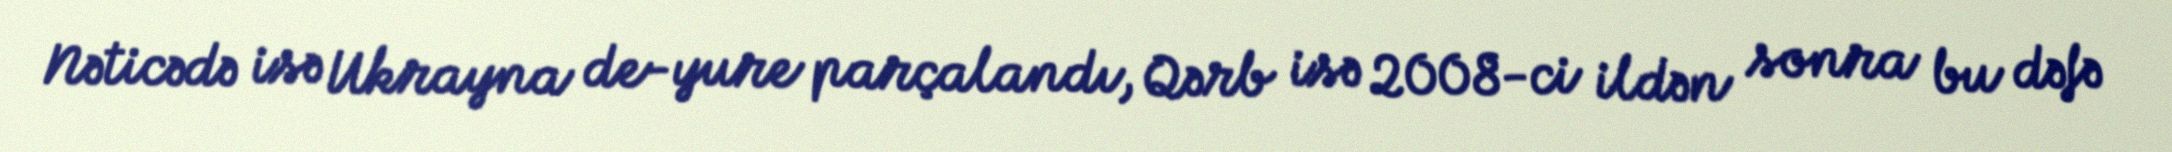
Nəticədə isə Ukrayna de-yure parçalandı, Qərb isə 2008-ci ildən sonra bu dəfə